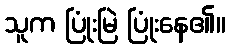
သူက ပြုံးမြဲ ပြုံးနေ၏။